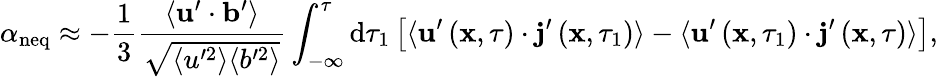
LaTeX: \alpha_{\mathrm{neq}}\approx-\frac{1}{3}\frac{\langle\mathbf{u}^{\prime}\cdot\mathbf{b}^{\prime}\rangle}{\sqrt{\langle u^{\prime 2}\rangle\langle b^{\prime 2}\rangle}}\int_{-\infty}^{\tau}\mathrm{d}\tau_{1}\left[\langle\mathbf{u}^{\prime}\left(\mathbf{x},\tau\right)\cdot\mathbf{j}^{\prime}\left(\mathbf{x},\tau_{1}\right)\rangle-\langle\mathbf{u}^{\prime}\left(\mathbf{x},\tau_{1}\right)\cdot\mathbf{j}^{\prime}\left(\mathbf{x},\tau\right)\rangle\right],